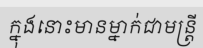
ក្នុងនោះមានម្នាក់ជាមន្ត្រី